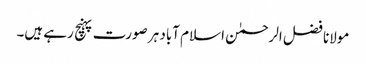
مولانا فضل الرحمٰن اسلام آباد ہر صورت پہنچ رہے ہیں۔